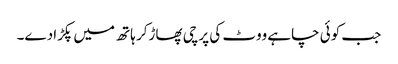
جب کوئی چاہے ووٹ کی پرچی پھاڑکر ہاتھ میں پکڑادے۔